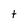
Character: t